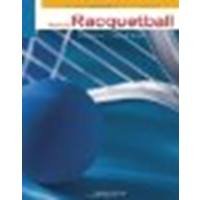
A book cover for Beginning Racquetball by Norton, Cheryl, Bryant, James S. [Cengage Learning, 2011] (Paperback) 7th Edition [Paperback]; Norton; Sports & Outdoors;